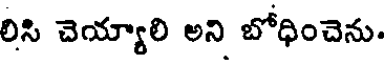
లిసి చెయ్యాలి అని బోధించెను.